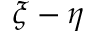
\xi - \eta